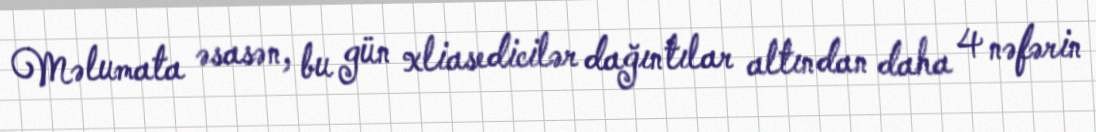
Məlumata əsasən, bu gün xliasedicilər dağıntılar altından daha 4 nəfərin